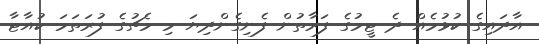
އާދައިގެ ކުޅުމެއް ދެ ޓީމުގެ ފަރާތުން ފެނިގެންދިޔަ މި މެޗުގެ ފުރަތަމަ ކުއާޓާ